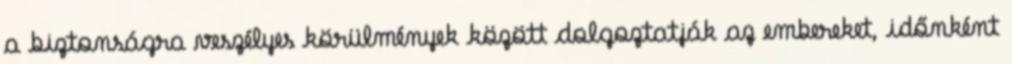
a biztonságra veszélyes körülmények között dolgoztatják az embereket, időnként